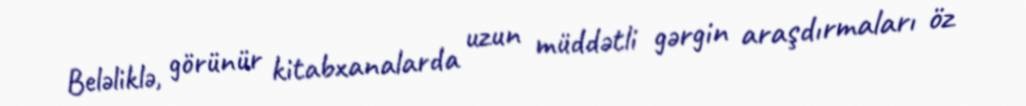
Beləliklə, görünür kitabxanalarda uzun müddətli gərgin araşdırmaları öz